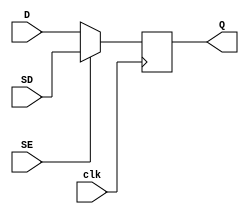
module FF_scan(
  clk,
  SE,
  SD,
  D,
  Q
  );
    output reg  Q;
    input wire D;
    input wire SE;
    input wire clk;
    input wire SD;

  always @(posedge clk)
    begin
    if (SE== 0 ) 
	   begin
	     Q = D;
	   end
	else
	   begin
	     Q = SD; 
	   end
   end

endmodule